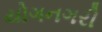
યોગનગરી